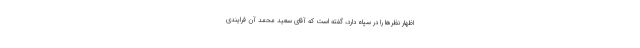
اظهار نظرها را در سپاه دارد، گفته است که آقای سعید محمد آن فرایندی